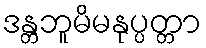
ဒန္တဘူမိမနုပ္ပတ္တာ